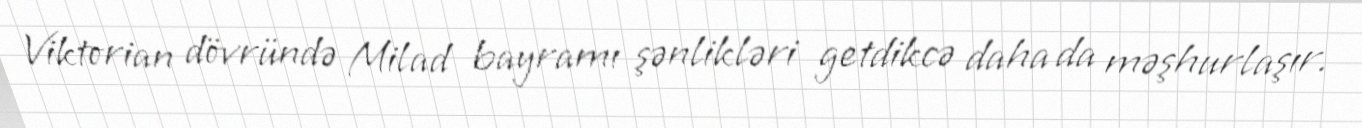
Viktorian dövründə Milad bayramı şənlikləri getdikcə daha da məşhurlaşır.